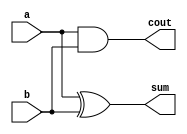
/**
 * lab4
 * Aluno: Luan Daniel de Oliveira Melo (20102096)
 *
 ** lab4\src\half_adder.v **
 * Define um modulo para um meio somador de N bits
 */

module half_adder
(a, b, sum, cout);
	input  a, b;
	output sum;
	output cout;

	assign sum = a ^ b;
	assign cout = a & b;

endmodule //half_adder